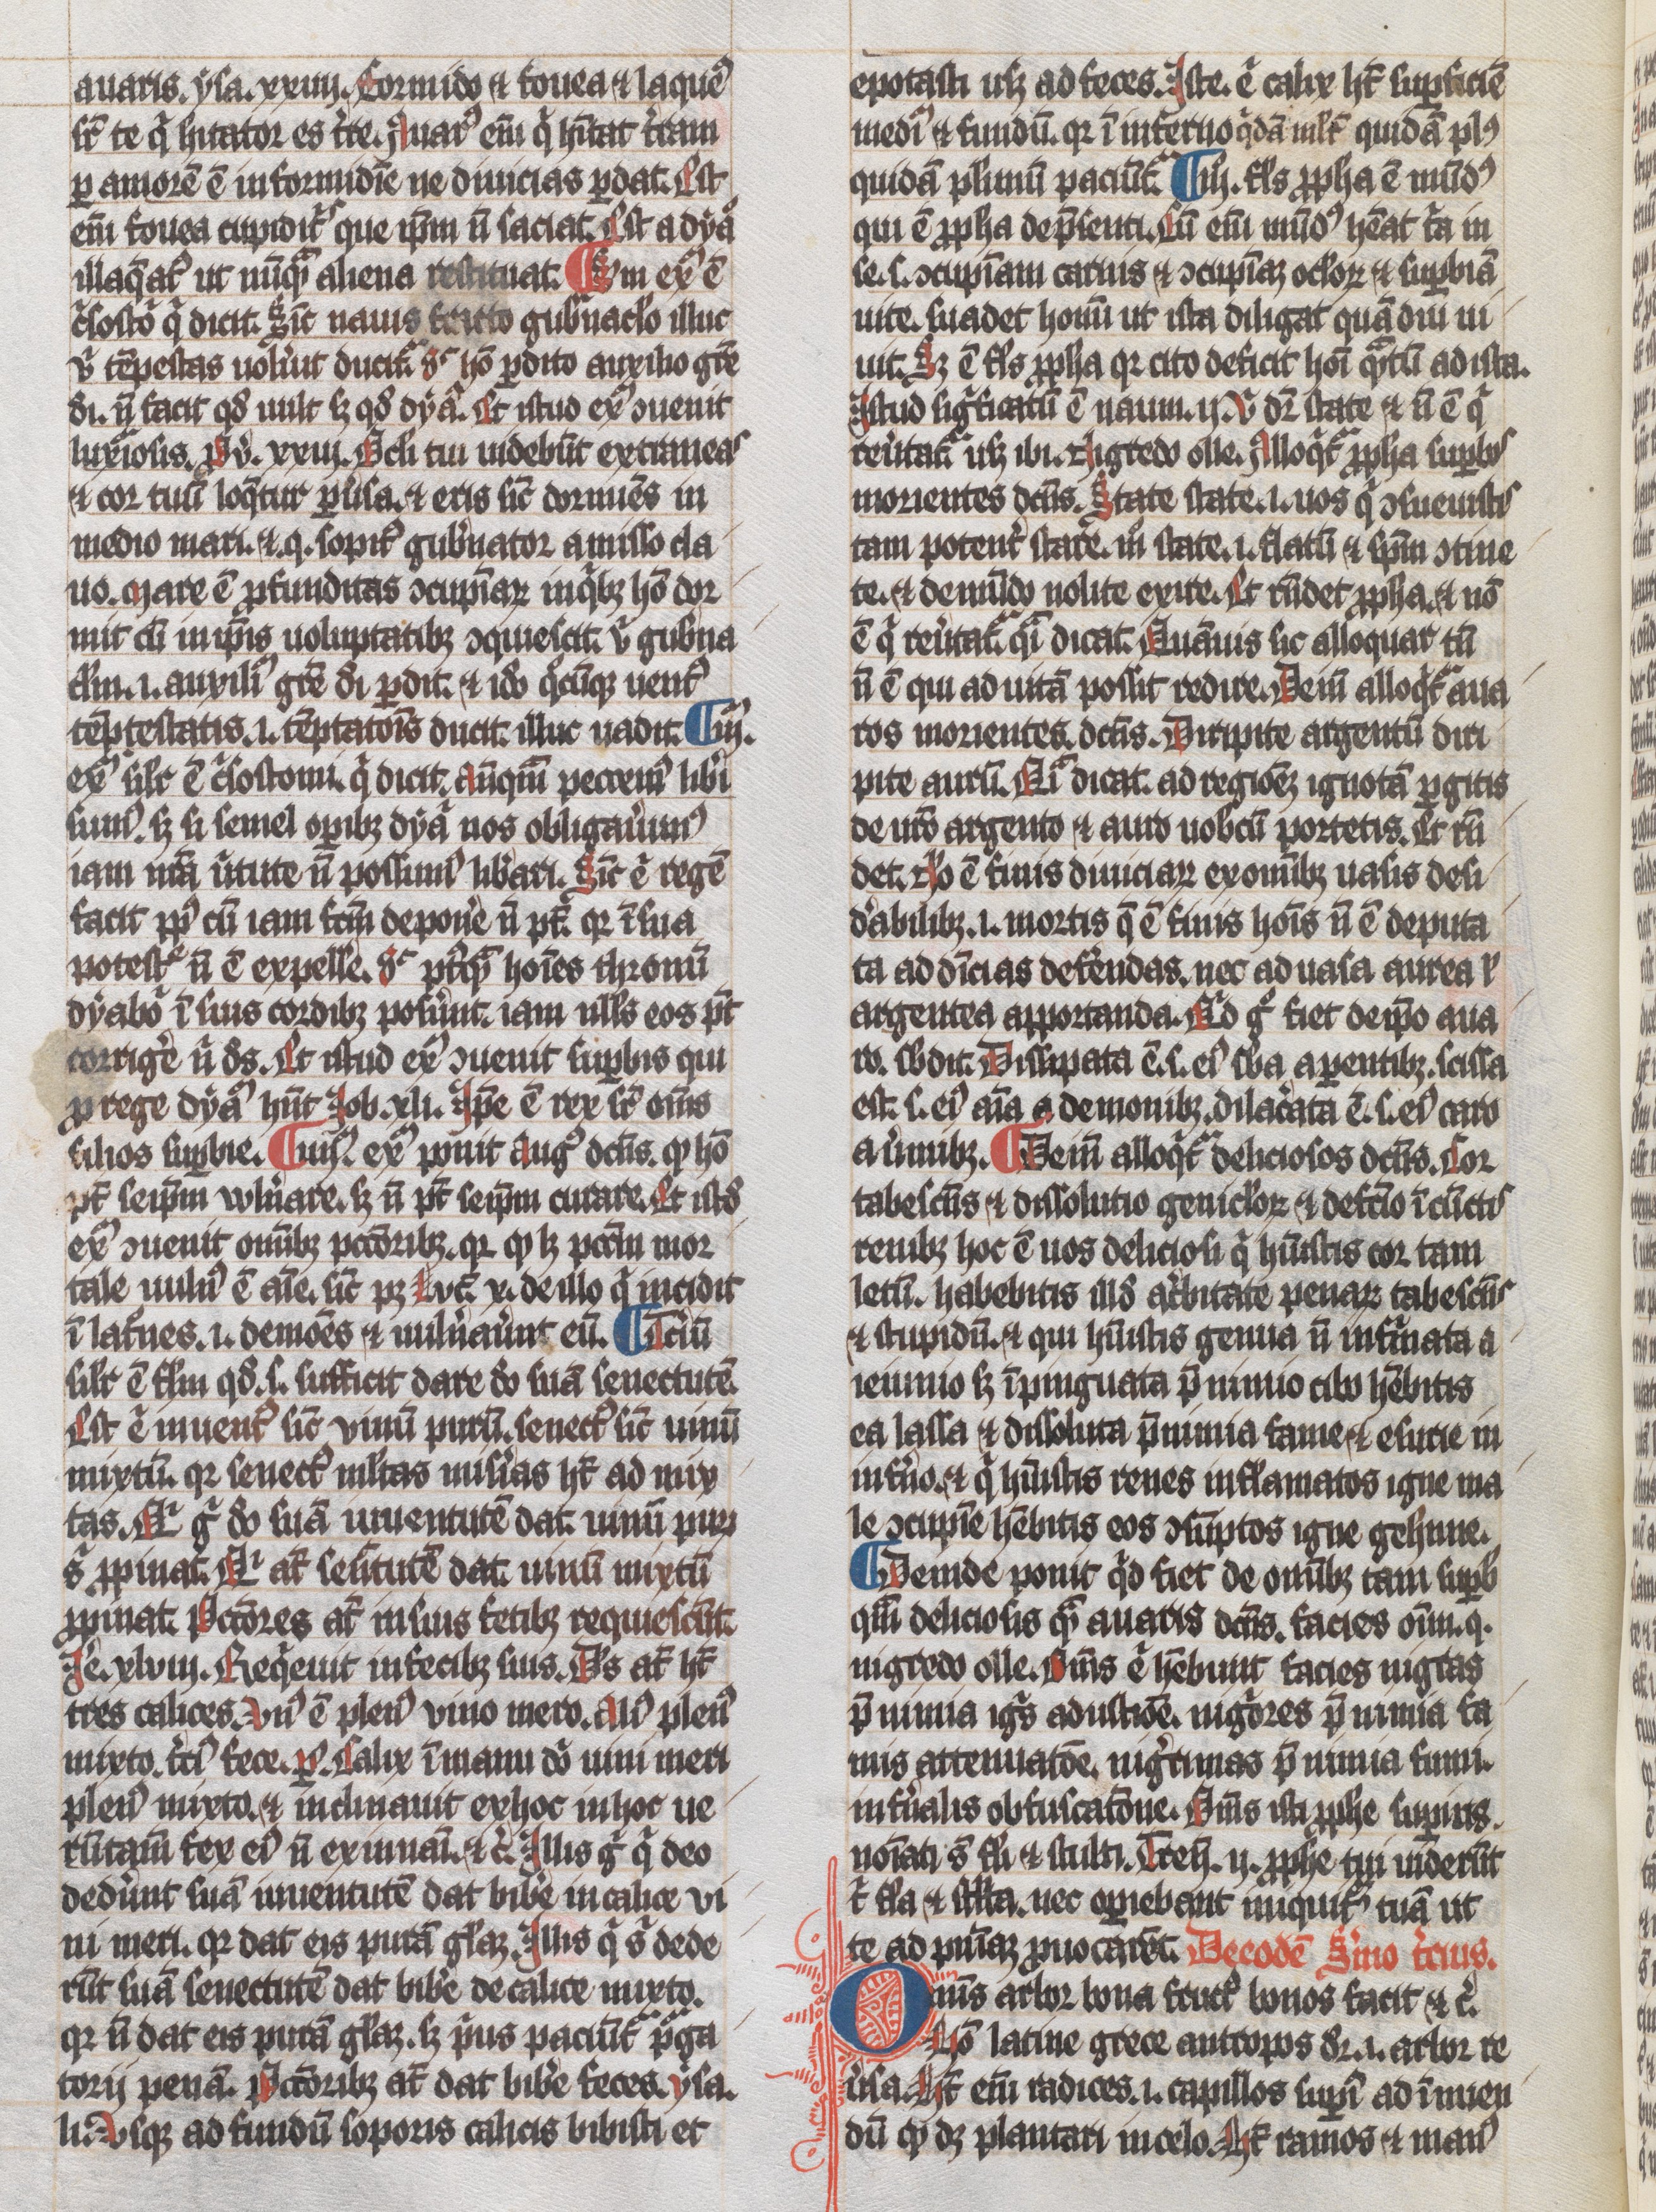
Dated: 1300–1349